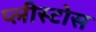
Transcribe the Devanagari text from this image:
प्लीस्टोस